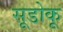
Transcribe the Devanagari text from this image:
सूडोकू